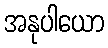
အနုပါယော